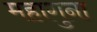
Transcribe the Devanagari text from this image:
महागुना